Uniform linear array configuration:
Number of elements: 16
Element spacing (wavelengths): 0.75
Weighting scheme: exponential
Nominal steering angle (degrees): -15
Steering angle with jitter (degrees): -16.156
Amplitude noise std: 0.05
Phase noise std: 0.05

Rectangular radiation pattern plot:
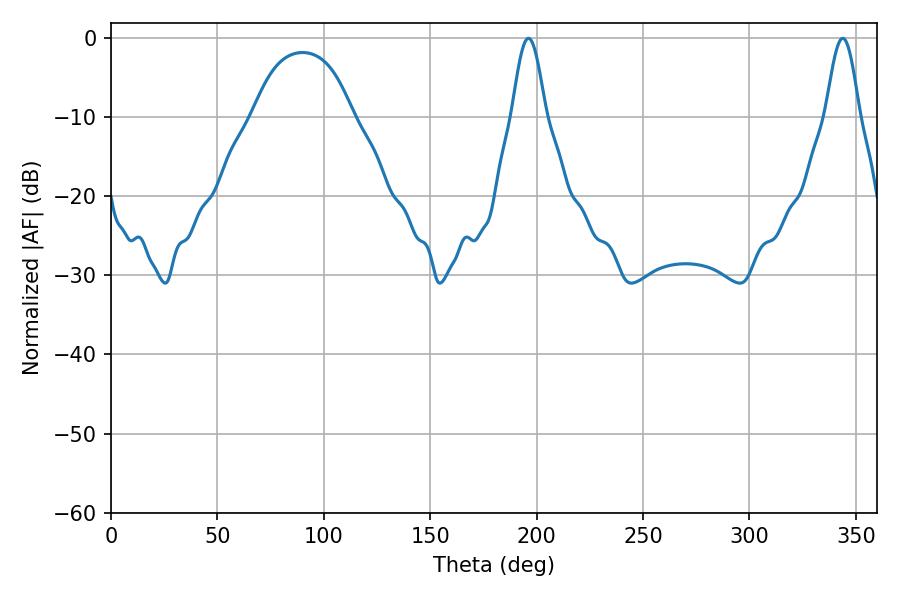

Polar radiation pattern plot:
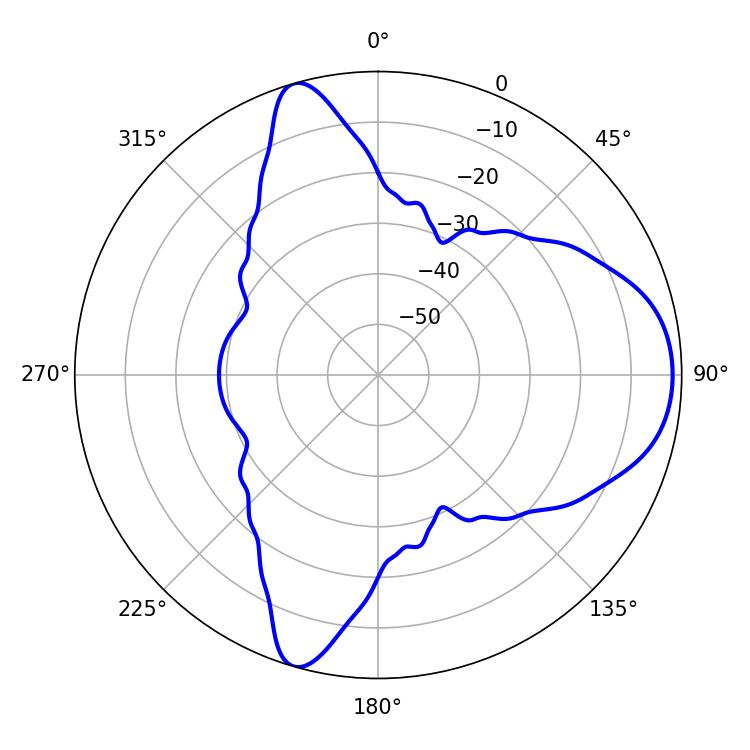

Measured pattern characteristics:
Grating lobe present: TRUE
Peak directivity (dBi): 8.521
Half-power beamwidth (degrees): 8.28
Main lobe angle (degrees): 343.8